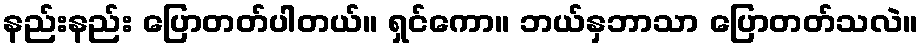
နည်းနည်း ပြောတတ်ပါတယ်။ ရှင်ကော။ ဘယ်နှဘာသာ ပြောတတ်သလဲ။